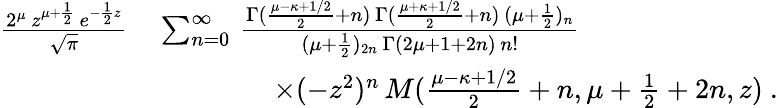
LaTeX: \begin{array}{r}{\begin{array}{rl}{\frac{2^{\mu}\, z^{\mu+\frac{1}{2}}\, e^{-\frac{1}{2}z}}{\sqrt{\pi}}\, }&{\sum_{n=0}^{\infty}\, \frac{\Gamma(\frac{\mu-\kappa+1/2}{2}+n)\, \Gamma(\frac{\mu+\kappa+1/2}{2}+n)\, (\mu+\frac{1}{2})_{n}}{(\mu+\frac{1}{2})_{2n}\, \Gamma(2\mu+1+2n)\, n!}}\\ &{\qquad\qquad\times(-z^{2})^{n}\, M(\frac{\mu-\kappa+1/2}{2}+n,\mu+\frac{1}{2}+2n,z)\ .}\end{array}}\end{array}